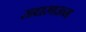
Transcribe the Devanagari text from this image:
साधारणजन्मा